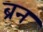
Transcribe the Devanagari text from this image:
ब्रन